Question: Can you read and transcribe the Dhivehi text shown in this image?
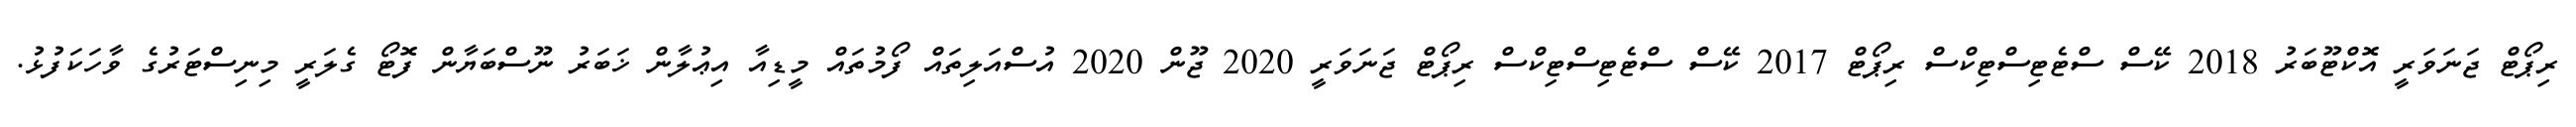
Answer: ރިޕޯޓް ޖަނަވަރީ އޮކްޓޫބަރު 2018 ކޭސް ސްޓެޓިސްޓިކްސް ރިޕޯޓް 2017 ކޭސް ސްޓެޓިސްޓިކްސް ރިޕޯޓް ޖަނަވަރީ 2020 ޖޫން 2020 އުސްއަލިތައް ފޯމުތައް މީޑިއާ އިޢުލާން ޚަބަރު ނޫސްބަޔާން ފޮޓޯ ގެލަރީ މިނިސްޓަރުގެ ވާހަކަފުޅު.